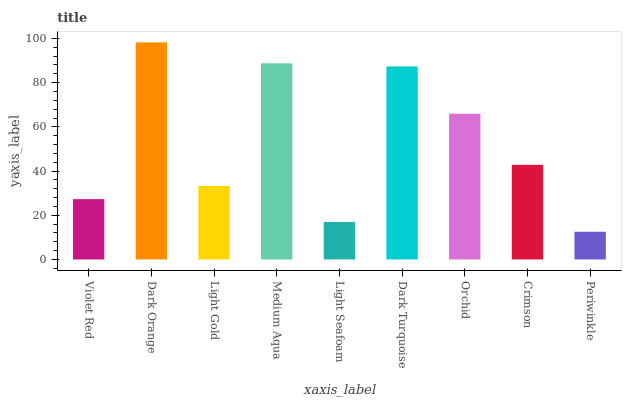
| xaxis_label | bars |
 | --- | --- |
 | Violet Red | 27.3 |
 | Dark Orange | 98.2 |
 | Light Gold | 33.3 |
 | Medium Aqua | 88.8 |
 | Light Seafoam | 17 |
 | Dark Turquoise | 87.4 |
 | Orchid | 66 |
 | Crimson | 42.8 |
 | Periwinkle | 12.5 |